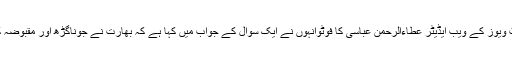
نواب آف جونا گڑھ کے ساتھ سٹیٹ ویوز کے ویب ایڈیٹر عطاءالرحمن عباسی کا فوٹوانہوں نے ایک سوال کے جواب میں کہا ہے کہ بھارت نے جوناگڑھ اور مقبوضہ کشمیر پر ناجائز قبضہ کیا ہوا ہے۔